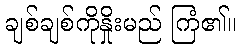
ချစ်ချစ်ကိုနှိုးမည် ကြံ၏။